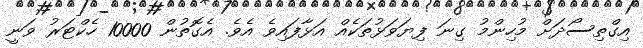
އިގްތިސޯދަށް މުހިންމު ގިނަ ފިޔަވަޅުތަކެއް އަޅާފައިވެ އެވެ. އެގޮތުން 10000 ހެކްޓަރު ވަނީ